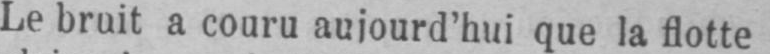
Le bruit a couru aujourd’hui que la flotte